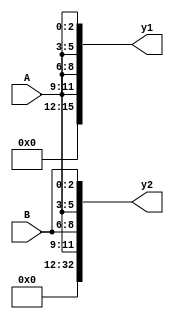
// Code your design here
module Replication(
  input [2:0] A, B,
  output reg [15:0] y1,
  output reg [32:0] y2
);
  
  always@* begin
    
    y1 = {4{A}};
    
    y2 = {2{A, B}};
    
  end
  
endmodule